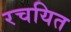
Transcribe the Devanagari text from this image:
रचयित